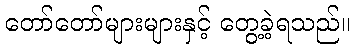
တော်တော်များများနှင့် တွေ့ခဲ့ရသည်။